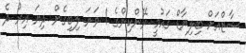
ޝާޒްއަށް ބިލިޔާޑް ގައުމީ ރޭންކިންގެ 1 ވަނަ ލިބިގެން ދިޔަ އިރު ދެ